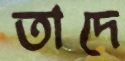
তাদে